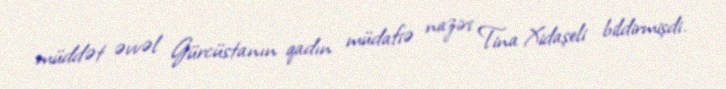
müddət əvvəl Gürcüstanın qadın müdafiə naziri Tina Xidaşeli bildirmişdi.